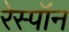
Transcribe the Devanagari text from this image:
रेस्पॉन